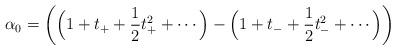
LaTeX: \begin{align*} \alpha_0 = \biggl( \Bigl( 1 + t_+ + \frac{1}{2}t_+^2 + \cdots\Bigr) - \Bigl( 1 + t_- + \frac{1}{2}t_-^2 + \cdots\Bigr) \biggr)\end{align*}